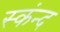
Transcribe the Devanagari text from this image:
स्कंन्द